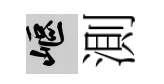
嶇測